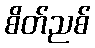
စိတ်ညစ်